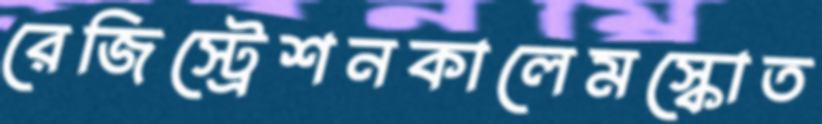
রেজিস্ট্রেশনকালেমস্কোত